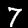
Label: 7